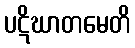
ပဋိဃာတမေတိ